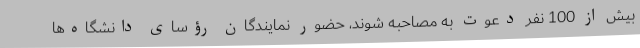
بیش از 100 نفر دعوت به مصاحبه شوند، حضور نمایندگان رؤسای دانشگاه‌ها